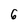
Character: 6